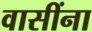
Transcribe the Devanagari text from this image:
वासींना